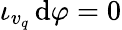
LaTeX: \iota_{v_{q}}\, \mathrm{d}\varphi=0